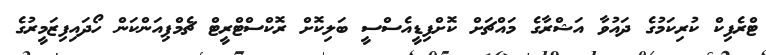
ޓްރެފިކް ކުރިކަމުގެ ދައުވާ އަޝްރާގެ މައްޗަށް ކޮށްފިޑީއެސްސީ ބަލިކޮށް ރޮކްސްޓްރީޓް ޗެމްޕިއަންކަން ހޯދައިފިޒަމީރުގެ